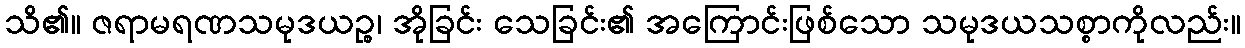
သိ၏။ ဇရာမရဏသမုဒယဉ္စ၊ အိုခြင်း သေခြင်း၏ အကြောင်းဖြစ်သော သမုဒယသစ္စာကိုလည်း။